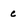
Character: c